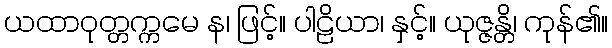
ယထာဝုတ္တက္ကမေ န၊ ဖြင့်။ ပါဠိယာ၊ နှင့်။ ယုဇ္ဇန္တိ၊ ကုန်၏။